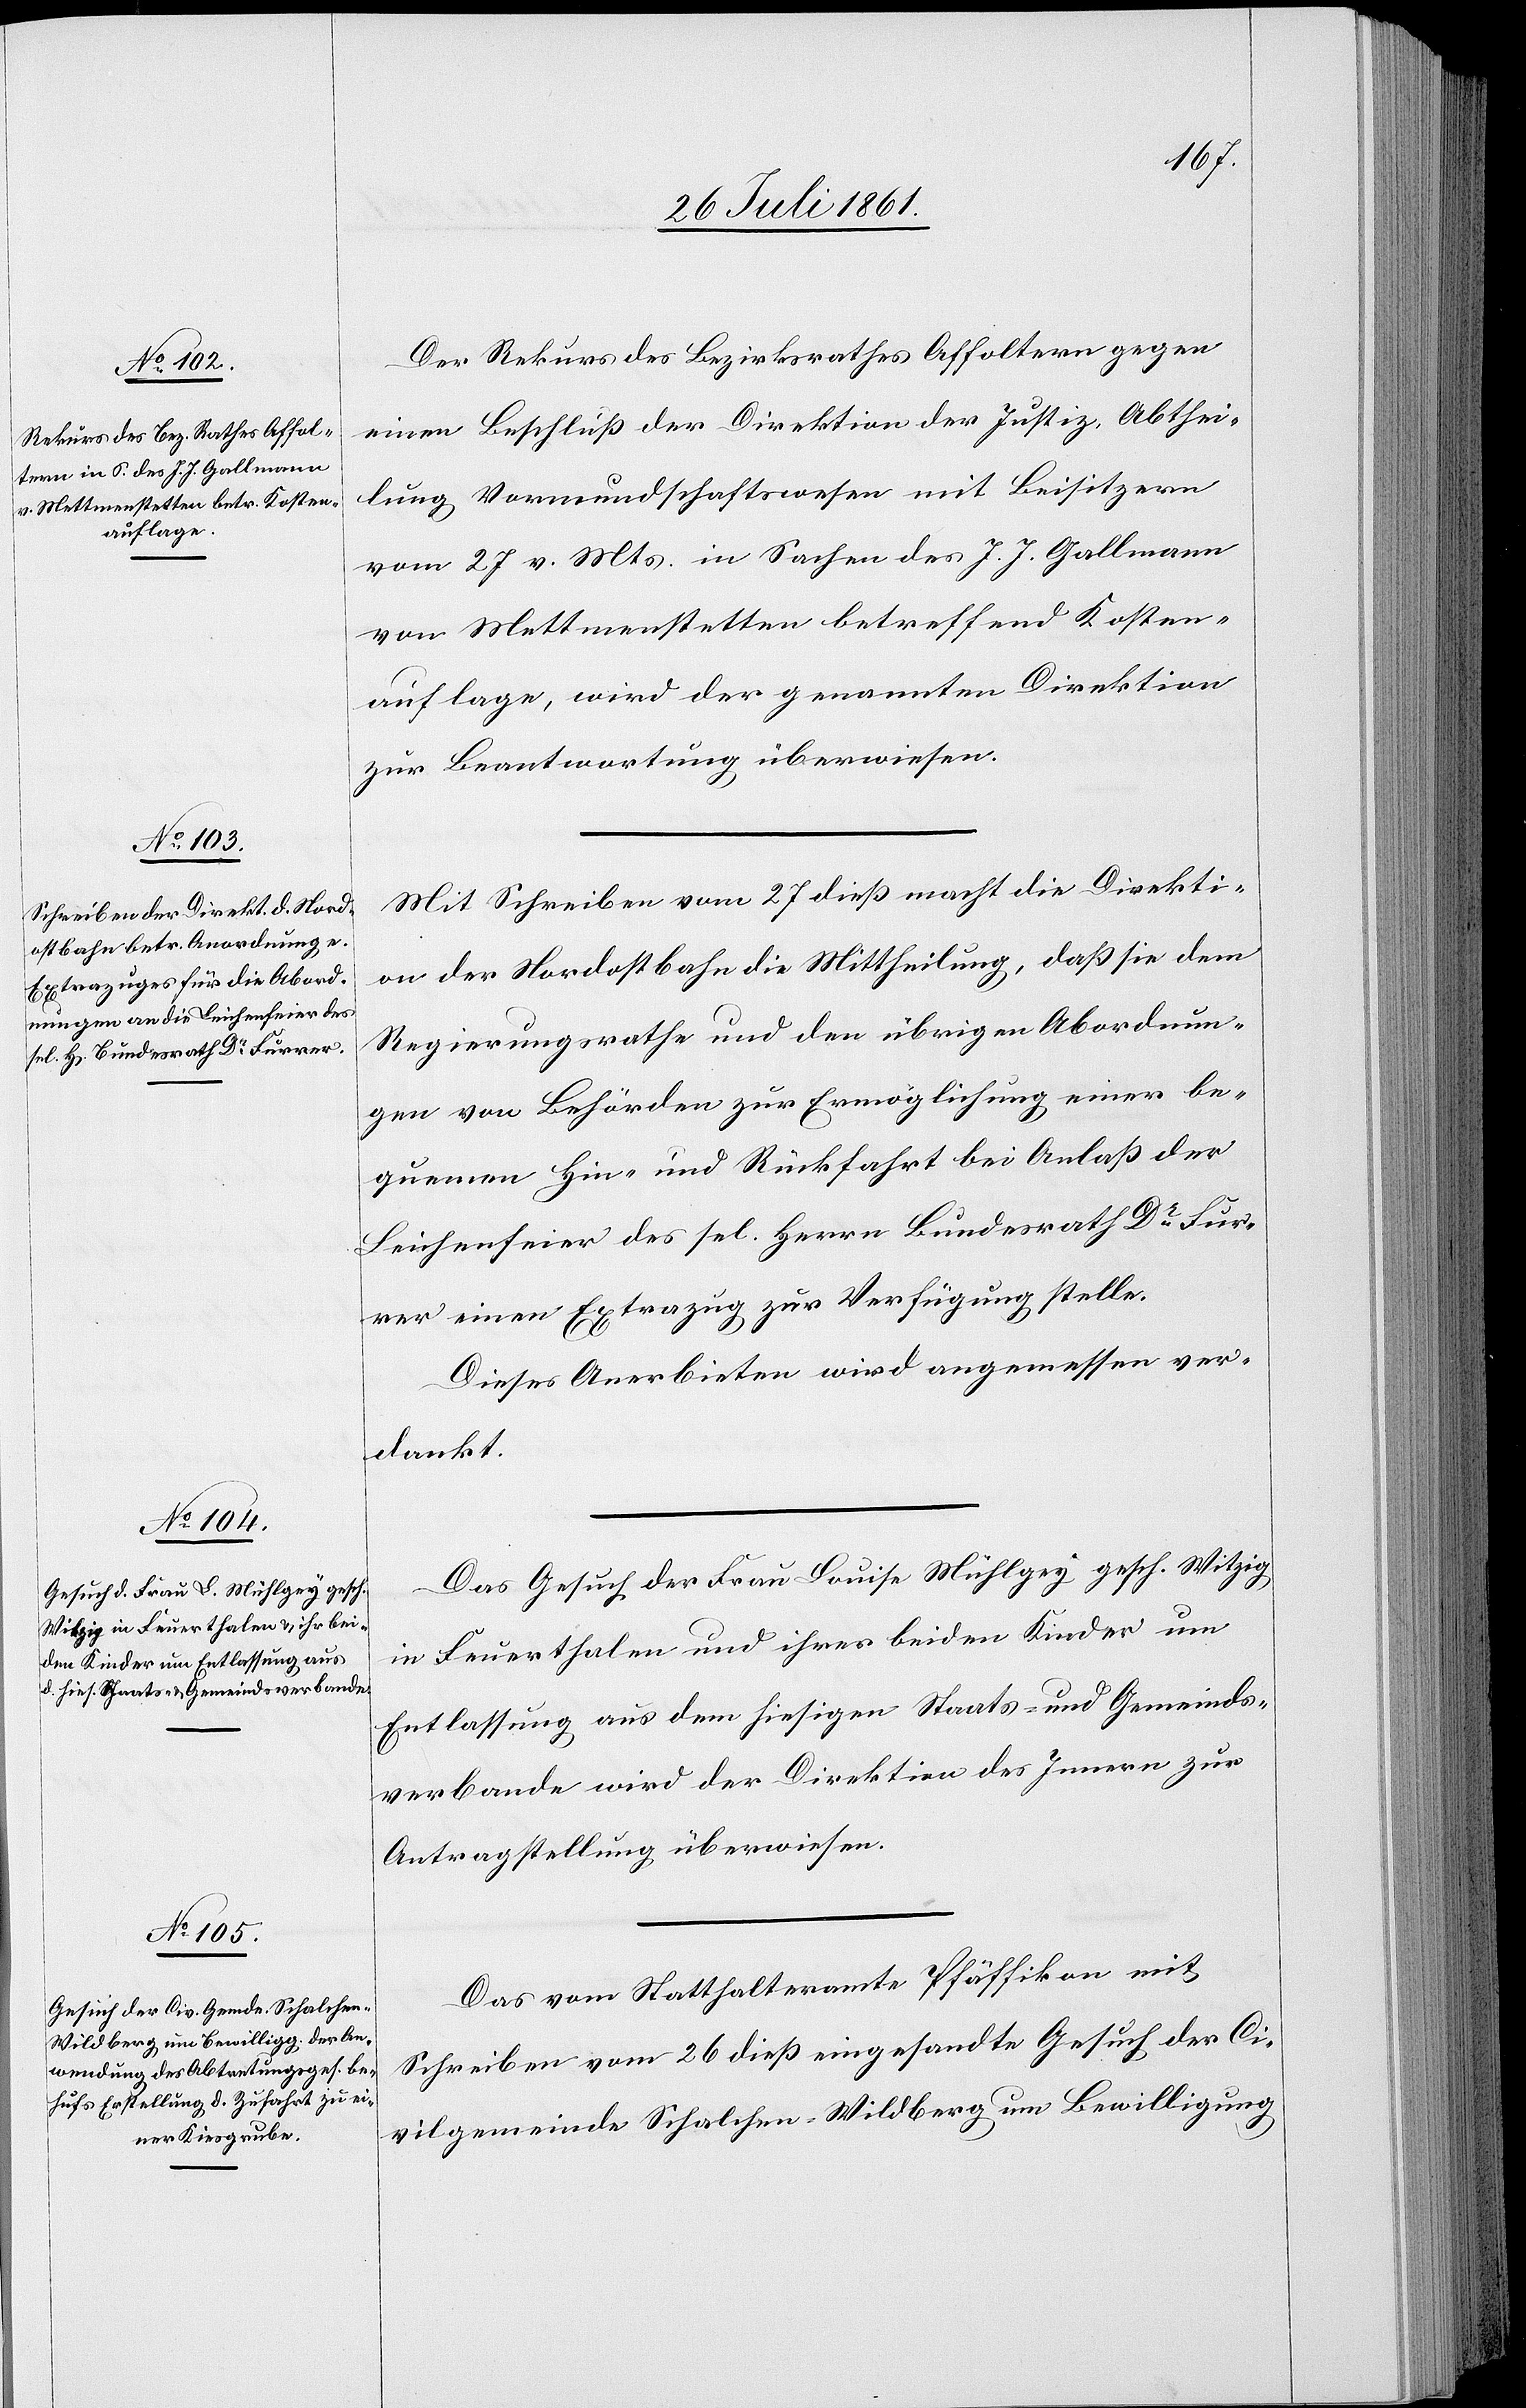
29 Juli 1861.]
Der Rekurs des Bezirksrathes Affoltern gegen
einen Beschluß der Direktion der Justiz, Abthei¬
lung Vormundschaftswesen mit Beisitzern
vom 27 v. Mts. in Sachen des J. J. Gallmann
von Mettmenstetten betreffend Kosten¬
auflage, wird der genannten Direktion
zur Beantwortung überwiesen.
Mit Schreiben vom 27 dieß macht die Direkti¬
on der Nordostbahn die Mittheilung, daß sie dem
Regierungsrathe und den übrigen Abordnun¬
gen von Behörden zur Ermöglichung einer be¬
quemen Hin- und Rückfahrt bei Anlaß der
Leichenfeier des sel. Herrn Bundesrath Dr Fur¬
rer einen Extrazug zur Verfügung stelle.
Das Gesuch der Frau Louise Mühlgey gesch. Witzig
in Feuerthalen und ihrer beiden Kinder um
Entlassung aus dem hiesigen Staats- und Gemeinds¬
verbande wird der Direktion des Innern zur
Antragstellung überwiesen.
Das vom Statthalteramt Pfäffikon mit
Schreiben vom 26 dieß eingesandte Gesuch der Ci¬
vilgemeinde Schalchen-Wildberg um Bewilligung